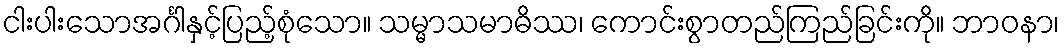
ငါးပါးသောအင်္ဂါနှင့်ပြည့်စုံသော။ သမ္မာသမာဓိဿ၊ ကောင်းစွာတည်ကြည်ခြင်းကို။ ဘာဝနာ၊